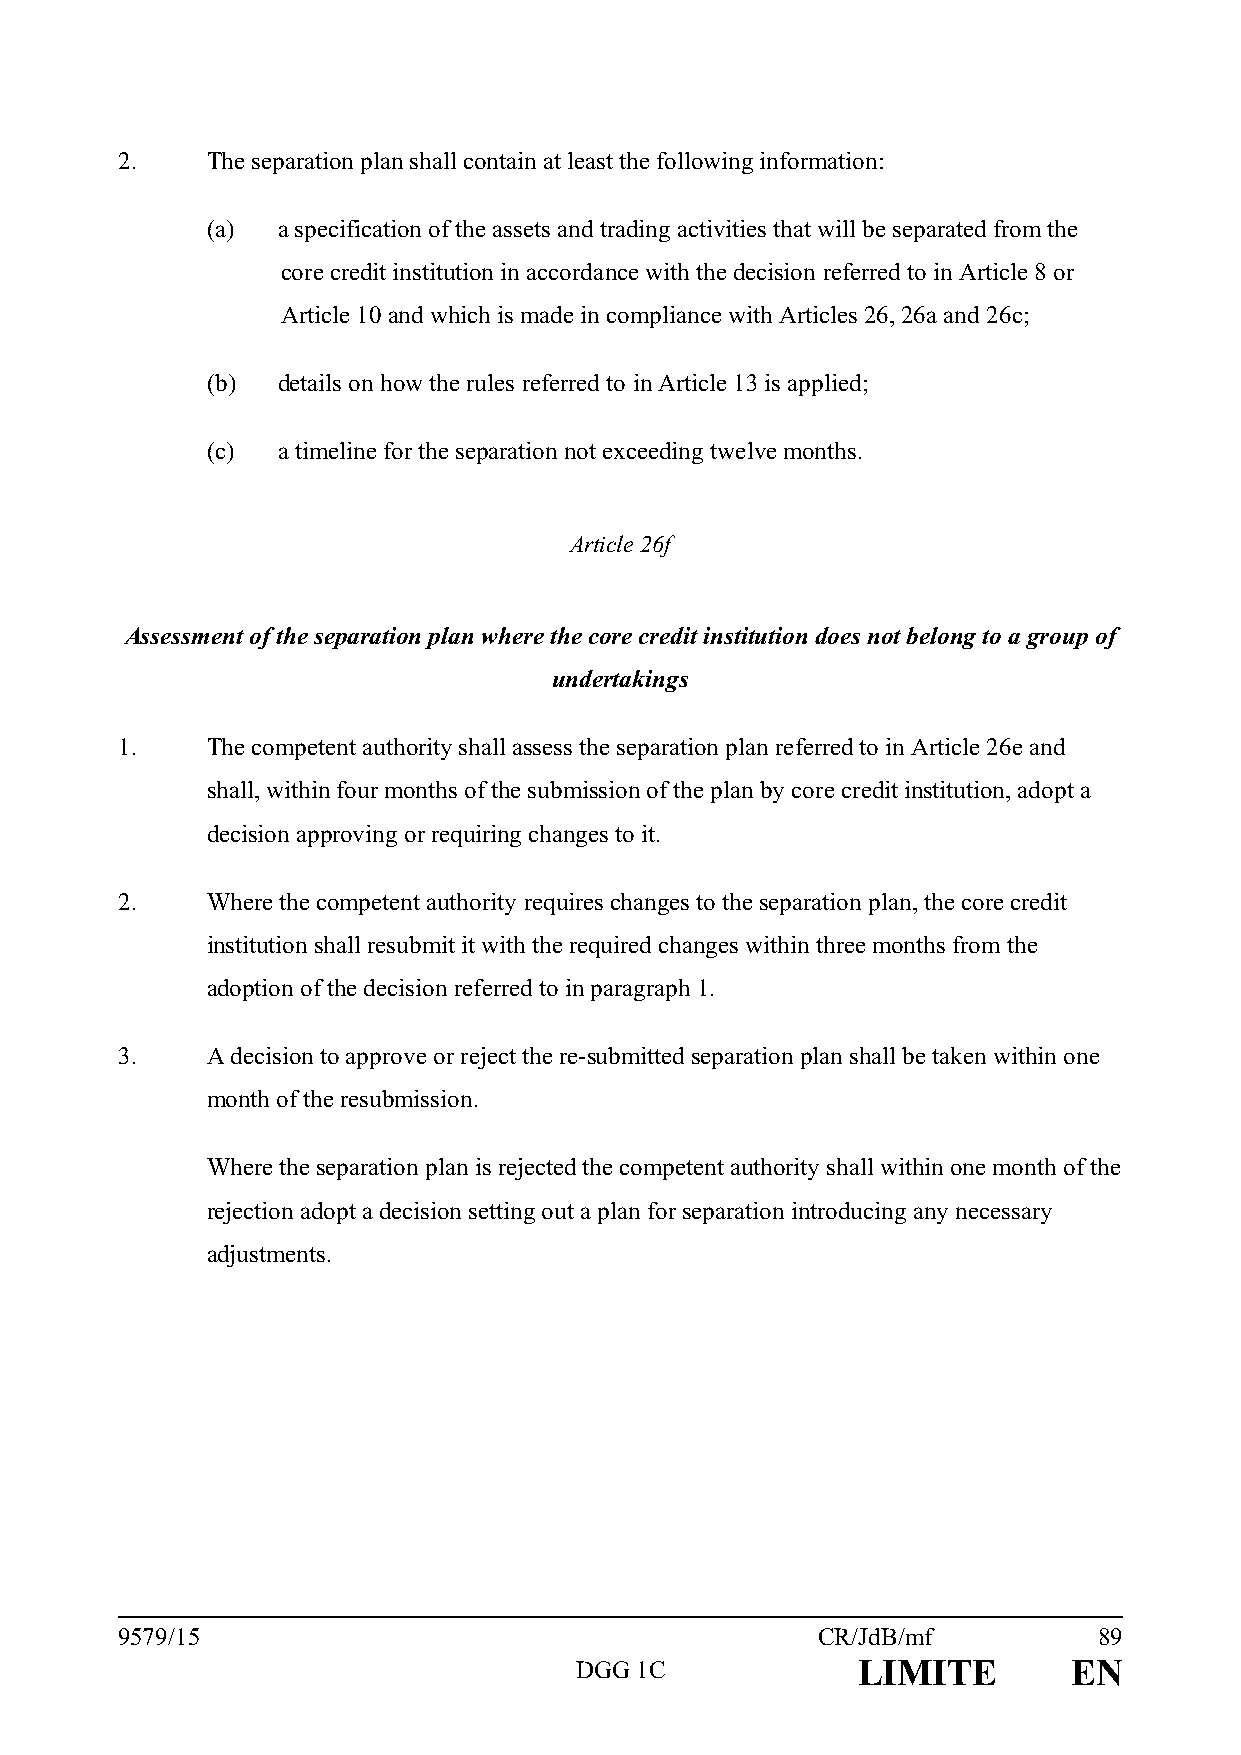
2.    The separation plan shall contain at least the following information:
 (a) a specification of the assets and trading activities that will be separated from the
 core credit institution in accordance with the decision referred to in Article 8 or
 Article 10 and which is made in compliance with Articles 26, 26a and 26c;
 (b) details on how the rules referred to in Article 13 is applied;
 (c) a timeline for the separation not exceeding twelve months.
 Article 26f
 Assessment of the separation plan where the core credit institution does not belong to a group of
 undertakings
 1.    The competent authority shall assess the separation plan referred to in Article 26e and
 shall, within four months of the submission of the plan by core credit institution, adopt a
 decision approving or requiring changes to it.
 2.    Where the competent authority requires changes to the separation plan, the core credit
 institution shall resubmit it with the required changes within three months from the
 adoption of the decision referred to in paragraph 1.
 3.    A decision to approve or reject the re-submitted separation plan shall be taken within one
 month of the resubmission.
 Where the separation plan is rejected the competent authority shall within one month of the
 rejection adopt a decision setting out a plan for separation introducing any necessary
 adjustments.
 9579/15                                       CR/JdB/mf          89
 DGG 1C             LIMITE        EN